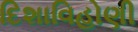
દિશાવિહોણી